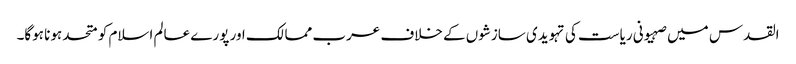
القدس میں صہیونی ریاست کی تہویدی سازشوں کے خلاف عرب ممالک اور پورے عالم اسلام کو متحد ہونا ہوگا۔